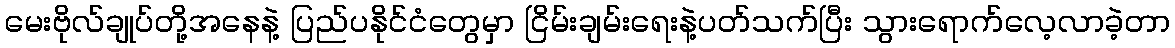
မေးဗိုလ်ချုပ်တို့အနေနဲ့ ပြည်ပနိုင်ငံတွေမှာ ငြိမ်းချမ်းရေးနဲ့ပတ်သက်ပြီး သွားရောက်လေ့လာခဲ့တာ